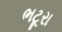
ભટૂરા